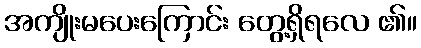
အကျိုးမပေးကြောင်း တွေ့ရှိရလေ ၏။